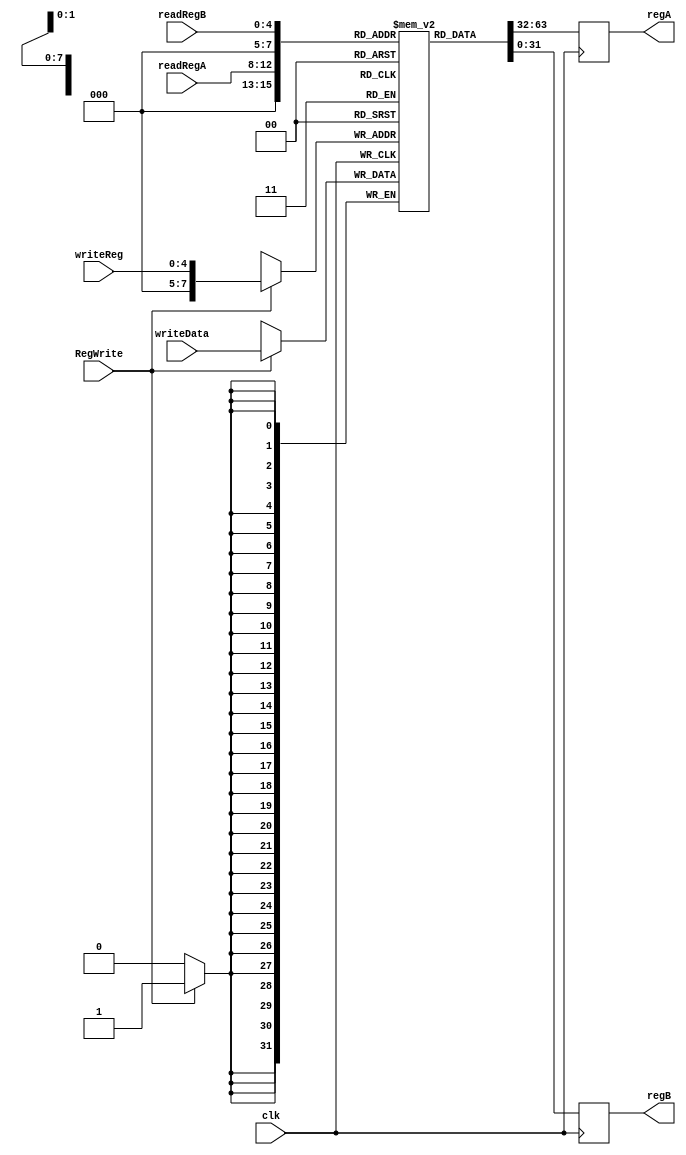
`timescale 1ns/1ps

module Regfile(
    input clk,
    input [4:0] readRegA, readRegB, writeReg,
    input [31:0] writeData,
    input RegWrite,
    output reg [31:0] regA, regB
);

reg [31:0] regMem [255:0];

// Init the regfile

initial begin
    regMem[1] = 8'hAD;
    regMem[2] = 8'hAD;
    regMem[3] = 8'hAD;
    regMem[4] = 8'hAD;
    // ... Continue as required.
end

// Write at posedge
always @(posedge clk) begin
    if(RegWrite) begin
        regMem[writeReg] <= writeData;
    end
end

//Read at negedge
always @(negedge clk) begin
    regA <= regMem[readRegA];
    regB <= regMem[readRegB];
end
endmodule

//testbench
// `timescale 1ns / 1ps

// module Regfile_tb;

//     reg clk;
//     reg [4:0] readRegA, readRegB, writeReg;
//     reg [31:0] writeData;
//     reg RegWrite;
//     wire [31:0] regA, regB;

//     Regfile Regfile_inst(
//         .clk(clk),
//         .readRegA(readRegA),
//         .readRegB(readRegB),
//         .writeReg(writeReg),
//         .writeData(writeData),
//         .RegWrite(RegWrite),
//         .regA(regA),
//         .regB(regB)
//     );

//     initial begin
//         $dumpfile("Regfile_tb.vcd");
//         $dumpvars(0, Regfile_tb);
        
//         readRegA = 5'b00001;
//         readRegB = 5'b00010;
//         writeReg = 5'b00011;
//         writeData = 32'h00000001;
//         RegWrite = 1;
//         clk = 0;
//         #10;
//         clk = 1;
//         #10;
//         readRegA = 5'b00011;
//         readRegB = 5'b00011;
//         writeReg = 5'b00011;
//         writeData = 32'h00000002;
//         RegWrite = 1;
//         clk = 0;
//         #10;
//         clk = 1;
//         #10;
//         $finish;
//     end
// endmodule